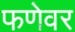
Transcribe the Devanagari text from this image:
फणेवर